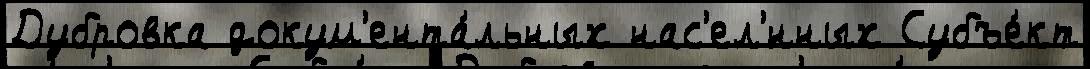
Дубровка докум'ента́льных нас'ел'́нных Субъе́кт